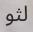
لثو